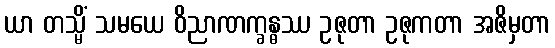
ယာ တသ္မိံ သမယေ ဝိညာဏက္ခန္ဓဿ ဥဇုတာ ဥဇုကတာ အဇိမှတာ